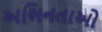
અભિનતાઓ